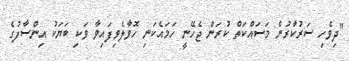
"ދިވެހި ސަރުކާރުން މަސައްކަތް ކުރަން ޖެހޭނީ ހަމައެކަނި ހޮވާލެވިފައިވާ ވަކި ބަޔަކު އިންސާފުގެ